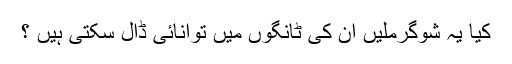
کیا یہ شوگرملیں ان کی ٹانگوں میں توانائی ڈال سکتی ہیں ؟